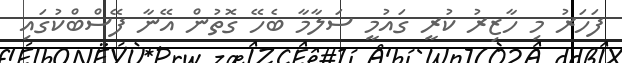
ފަހަރު މި ހާޒިރު ކުރީ ގައުމީ ސަލާމާ ބެހޭ ގޮތުން އޭނާ ފޭސްބްކުގައި